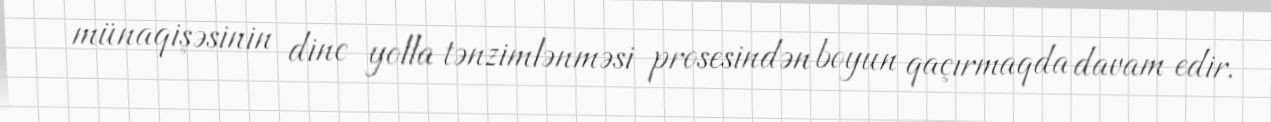
münaqişəsinin dinc yolla tənzimlənməsi prosesindən boyun qaçırmaqda davam edir.